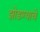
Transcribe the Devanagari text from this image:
झोडण्याचे